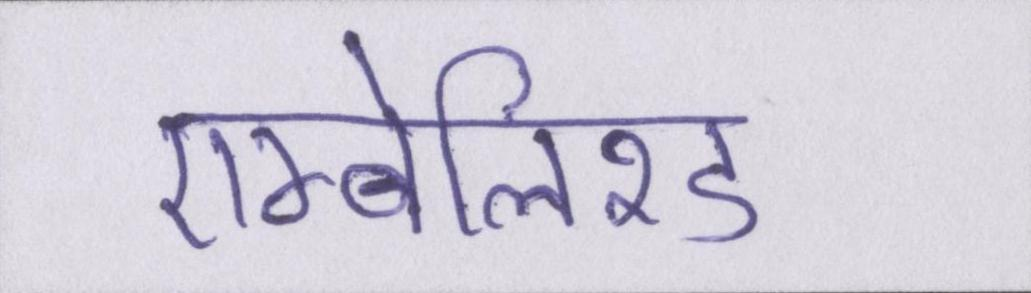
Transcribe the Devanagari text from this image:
एम्बेलिश्ड